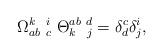
LaTeX: \begin{align*}\Omega _{ab\ c}^{k\ \ i}\ \Theta _{k\ \ j}^{ab\ d}=\delta _{d}^{c}\delta_{j}^{i}, \end{align*}